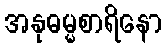
အနုဓမ္မစာရိနော